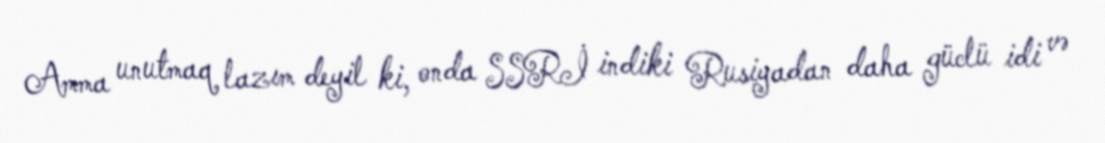
Amma unutmaq lazım deyil ki, onda SSRİ indiki Rusiyadan daha güclü idi və